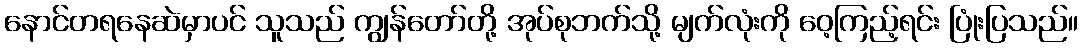
နောင်တရနေဆဲမှာပင် သူသည် ကျွန်တော်တို့ အုပ်စုဘက်သို့ မျက်လုံးကို ဝေ့ကြည့်ရင်း ပြုံးပြသည်။